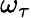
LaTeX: \omega_{\tau}